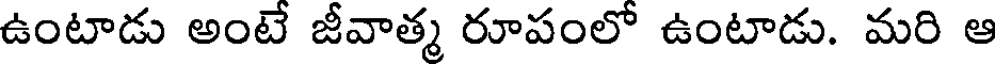
ఉంటాడు అంటే జీవాత్మ రూపంలో ఉంటాడు. మరి ఆ